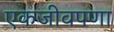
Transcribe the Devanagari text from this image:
एकजीवपणा